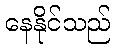
နေနိုင်သည်